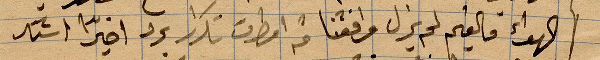
الهواء فالغيم لم يزل واقفنا ثم امطرت تكرارً برد اخيرًا اشتد